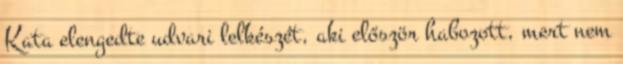
Kata elengedte udvari lelkészét, aki először habozott, mert nem